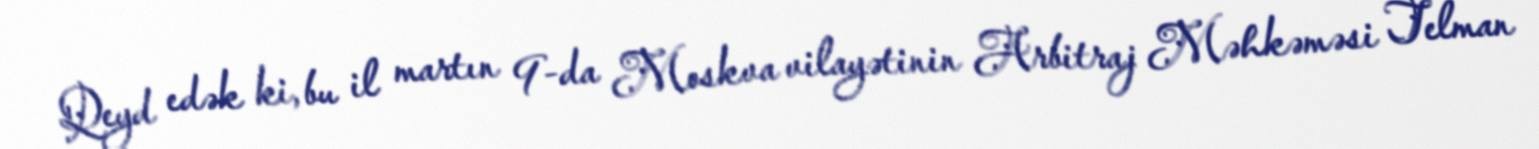
Qeyd edək ki, bu il martın 9-da Moskva vilayətinin Arbitraj Məhkəməsi Telman